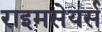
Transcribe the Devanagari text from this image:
राइमसेयर्स